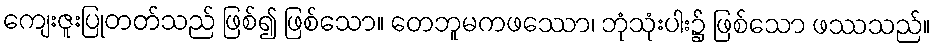
ကျေးဇူးပြုတတ်သည် ဖြစ်၍ ဖြစ်သော။ တေဘူမကဖဿော၊ ဘုံသုံးပါး၌ ဖြစ်သော ဖဿသည်။